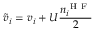
\tilde { v } _ { i } = v _ { i } + U \frac { n _ { i } ^ { \mathrm { ~ H ~ F ~ } } } { 2 }